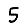
Digit: 5